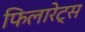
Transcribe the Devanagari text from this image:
फिलारेट्स